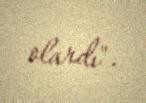
olardı".